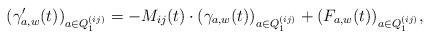
LaTeX: \begin{align*}(\gamma_{a,w}'(t))_{a\in Q_1^{(ij)}} = -M_{ij}(t)\cdot (\gamma_{a,w}(t))_{a\in Q_1^{(ij)}}+(F_{a,w}(t))_{a\in Q_1^{(ij)}},\end{align*}